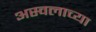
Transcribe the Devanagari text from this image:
अस्वलाच्या